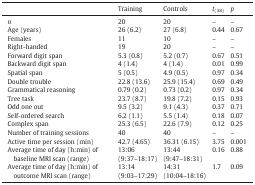
<table><thead><tr><td></td><td><b>Training</b></td><td><b>Controls</b></td><td><b><i>t</i><sub>(38)</sub></b></td><td><b><i>p</i></b></td></tr></thead><tbody><tr><td><i>n</i></td><td>20</td><td>20</td><td>–</td><td>–</td></tr><tr><td>Age (years)</td><td>26 (6.2)</td><td>27 (6.8)</td><td>0.44</td><td>0.67</td></tr><tr><td>Females</td><td>11</td><td>10</td><td>–</td><td>–</td></tr><tr><td>Right-handed</td><td>19</td><td>20</td><td>–</td><td>–</td></tr><tr><td>Forward digit span</td><td>5.3 (0.8)</td><td>5.2 (0.7)</td><td>0.67</td><td>0.51</td></tr><tr><td>Backward digit span</td><td>4 (1.4)</td><td>4 (1.4)</td><td>0.01</td><td>0.99</td></tr><tr><td>Spatial span</td><td>5 (0.5)</td><td>4.9 (0.5)</td><td>0.97</td><td>0.34</td></tr><tr><td>Double trouble</td><td>22.8 (13.6)</td><td>25.9 (15.4)</td><td>0.69</td><td>0.49</td></tr><tr><td>Grammatical reasoning</td><td>0.79 (0.2)</td><td>0.73 (0.2)</td><td>0.97</td><td>0.34</td></tr><tr><td>Tree task</td><td>23.7 (8.7)</td><td>19.8 (7.2)</td><td>0.15</td><td>0.93</td></tr><tr><td>Odd one out</td><td>9.5 (3.2)</td><td>9.1 (4.3)</td><td>0.37</td><td>0.71</td></tr><tr><td>Self-ordered search</td><td>6.2 (1.1)</td><td>5.5 (1.4)</td><td>0.18</td><td>0.07</td></tr><tr><td>Complex span</td><td>25.3 (6.5)</td><td>22.6 (7.9)</td><td>0.12</td><td>0.25</td></tr><tr><td>Number of training sessions</td><td>40</td><td>40</td><td>–</td><td>–</td></tr><tr><td>Active time per session (min)</td><td>42.7 (4.65)</td><td>36.31 (6.15)</td><td>3.75</td><td>0.001</td></tr><tr><td>Average time of day (h:min) of baseline MRI scan (range)</td><td>13:06 (9:37–18:17)</td><td>13:44 (9:47–18:31)</td><td>0.16</td><td>0.88</td></tr><tr><td>Average time of day (h:min) of outcome MRI scan (range)</td><td>13:14 (9:03–17:29)</td><td>14:31 (10:04–18:16)</td><td>1.7</td><td>0.09</td></tr></tbody></table>